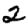
Digit: 2